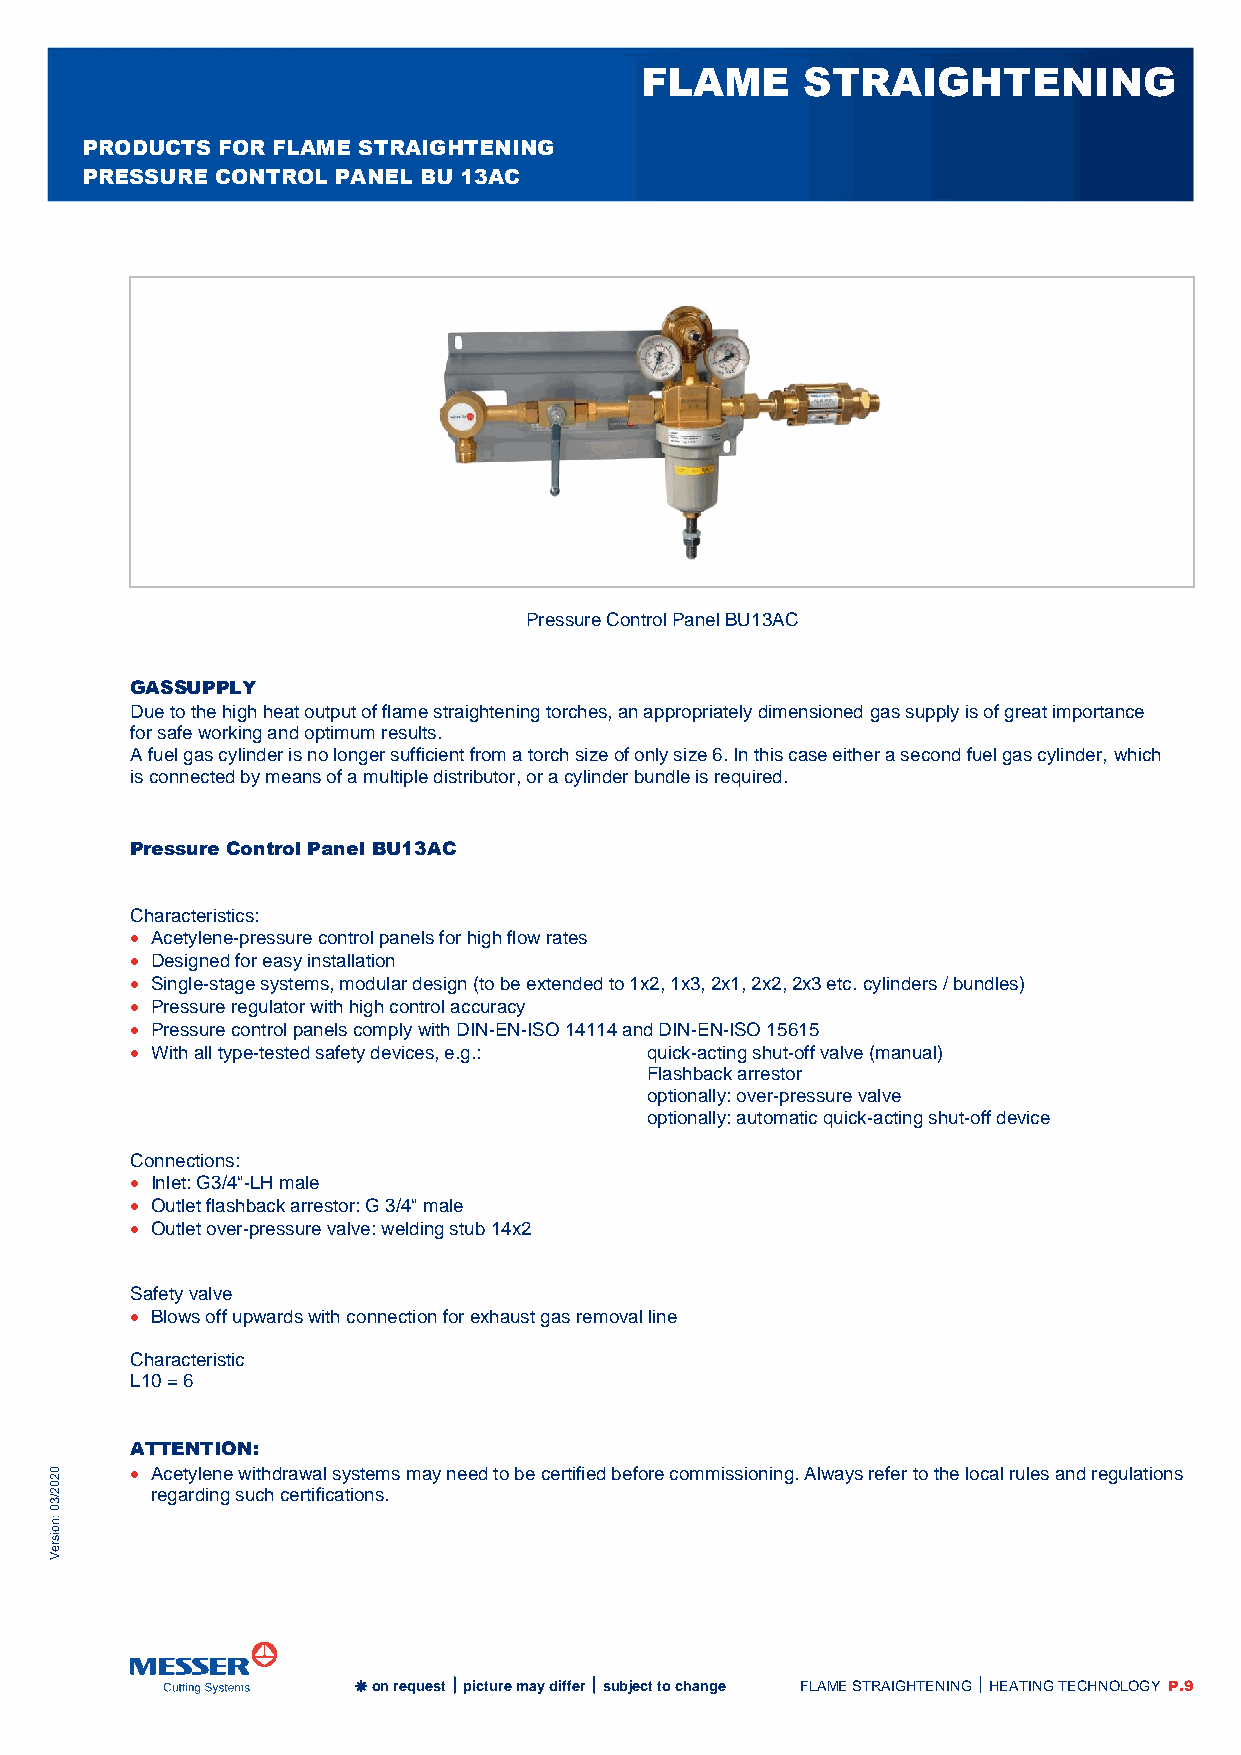
FLAME      STRAIGHTENING
 PRODUCTS FOR FLAME STRAIGHTENING
 PRESSURE CONTROL PANEL BU 13AC
 Pressure Control Panel BU13AC
 GASSUPPLY
 Due to the high heat output of flame straightening torches, an appropriately dimensioned gas supply is of great importance
 for safe working and optimum results.
 A fuel gas cylinder is no longer sufficient from a torch size of only size 6. In this case either a second fuel gas cylinder, which
 is connected by means of a multiple distributor, or a cylinder bundle is required.
 Pressure Control Panel BU13AC
 Characteristics:
  Acetylene-pressure control panels for high flow rates
  Designed for easy installation
  Single-stage systems, modular design (to be extended to 1x2, 1x3, 2x1, 2x2, 2x3 etc. cylinders / bundles)
  Pressure regulator with high control accuracy
  Pressure control panels comply with DIN-EN-ISO 14114 and DIN-EN-ISO 15615
  With all type-tested safety devices, e.g.: quick-acting shut-off valve (manual)
 Flashback arrestor
 optionally: over-pressure valve
 optionally: automatic quick-acting shut-off device
 Connections:
  Inlet: G3/4“-LH male
  Outlet flashback arrestor: G 3/4“ male
  Outlet over-pressure valve: welding stub 14x2
 Safety valve
  Blows off upwards with connection for exhaust gas removal line
 Characteristic
 L10 = 6
 ATTENTION:
 0      Acetylene withdrawal systems may need to be certified before commissioning. Always refer to the local rules and regulations
 2
 0
 2      regarding such certifications.
 3/
 n:
 0
 sio
 er
 V
  on request  picture may differ  subject to change FLAME STRAIGHTENING  HEATING TECHNOLOGY P.9